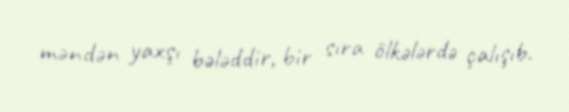
məndən yaxşı bələddir, bir sıra ölkələrdə çalışıb.